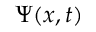
\Psi ( x , t )